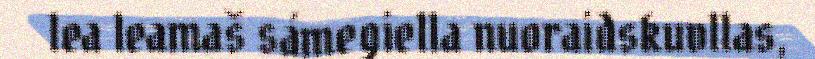
lea leamaš sámegiella nuoraidskuvllas,